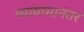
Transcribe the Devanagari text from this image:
व्यायामानंतर